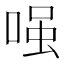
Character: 𠷣